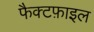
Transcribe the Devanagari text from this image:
फैक्टफ़ाइल